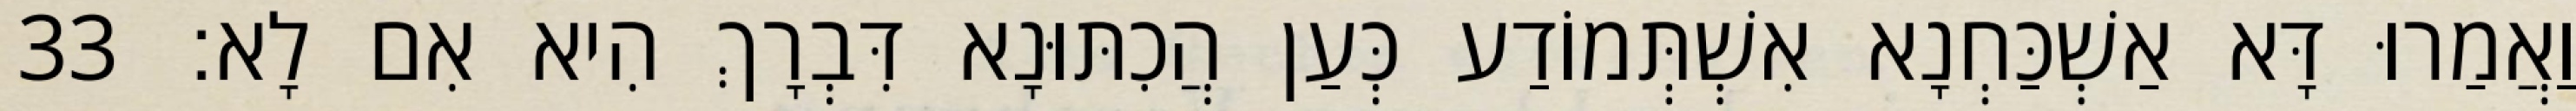
וַאֲמַרוּ דָּא אַשְׁכַּחְנָא אִשְׁתְּמוֹדַע כְּעַן הֲכִתּוּנָא דִּבְרָךְ הִיא אִם לָא׃ 33